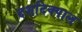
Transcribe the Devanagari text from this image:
दशदिक्पाल